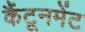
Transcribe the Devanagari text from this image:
कैंटूनमेंट